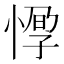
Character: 𢝼